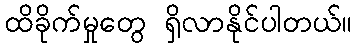
ထိခိုက်မှုတွေ ရှိလာနိုင်ပါတယ်။